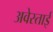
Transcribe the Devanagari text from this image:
अवेस्ताई